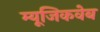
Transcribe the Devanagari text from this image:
म्यूजिकवेब